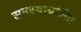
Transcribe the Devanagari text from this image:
समस्याग्रसित